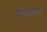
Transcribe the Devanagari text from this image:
वर्गीकरणकर्त्ता